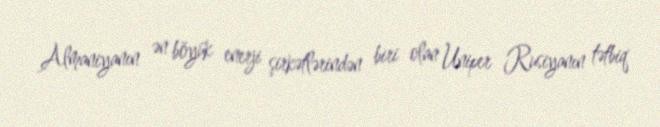
Almaniyanın ən böyük enerji şirkətlərindən biri olan Uniper Rusiyanın tətbiq